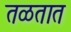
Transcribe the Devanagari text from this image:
तळतात